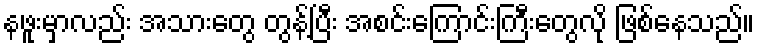
နဖူးမှာလည်း အသားတွေ တွန့်ပြီး အစင်းကြောင်းကြီးတွေလို ဖြစ်နေသည်။